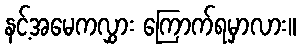
နင့်အမေကလွှား ကြောက်ရမှာလား။